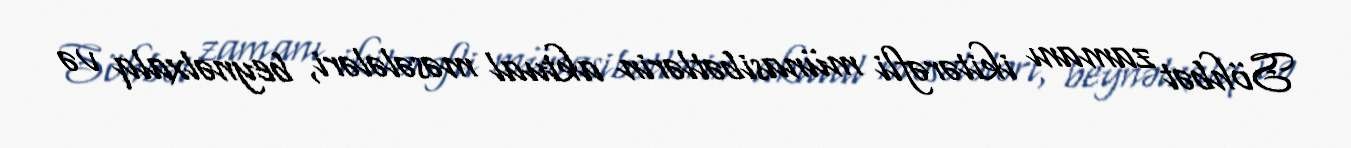
Söhbət zamanı ikitərəfli münasibətlərin aktual məsələləri, beynəlxalq və